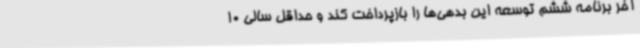
آخر برنامه ششم توسعه این بدهی‌ها را بازپرداخت کند و حداقل سالی 10